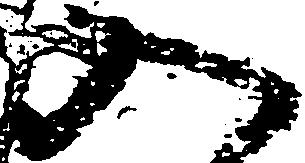
入